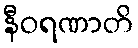
နီဝရဏာတိ